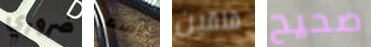
ضروري آسف قلقين صحيح